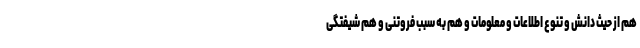
هم از حیث دانش و تنوع اطلاعات و معلومات و هم به سبب فروتنی و هم شیفتگی